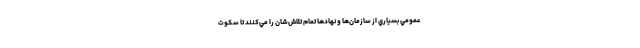
عمومي بسياري از سازمان‌ها و نهادها تمام تلاش‌شان را مي‌كنند تا سكوت